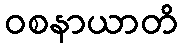
ဝစနာယာတိ